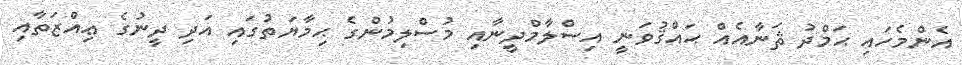
އެންމެހައި ޙަމްދު ޘަނާއެއް ޙައްޤުވަނީ އިސްލާމްދީނާއި މުސްލިމުންގެ ޙިމާޔަތުގައި އަދި ދީނުގެ ޢިއްޒަތާއި